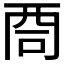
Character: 𠱩